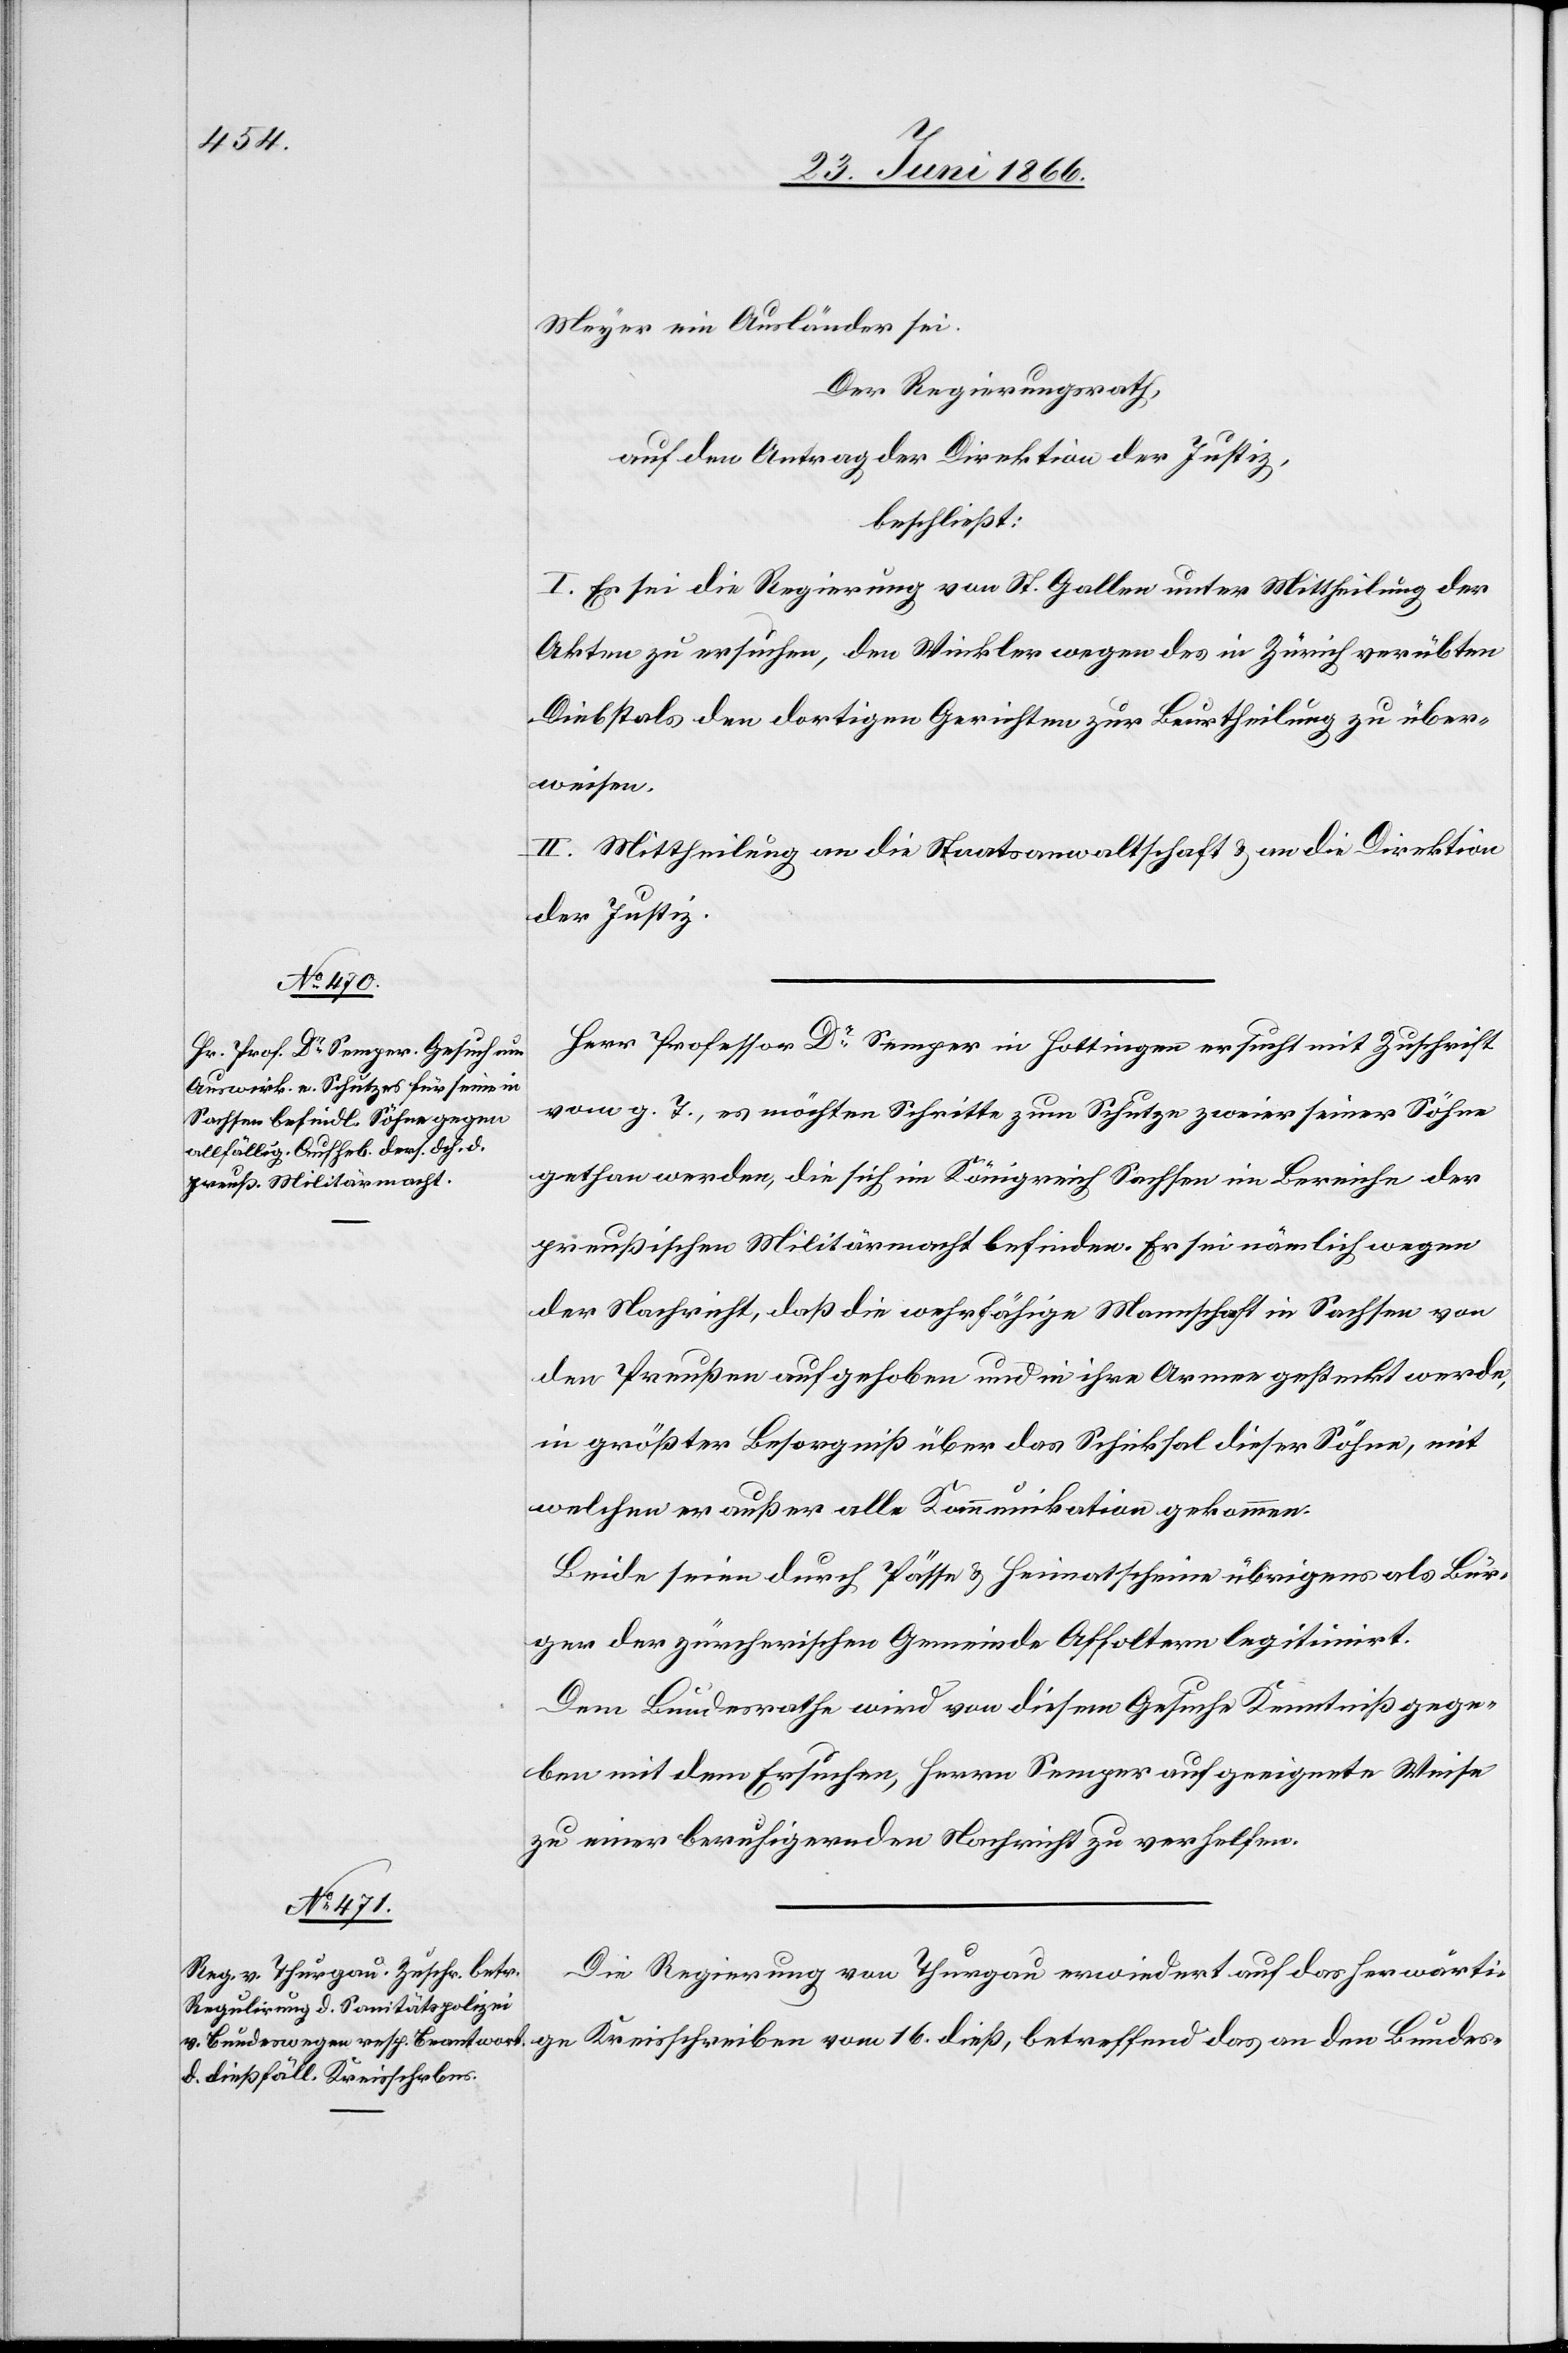
Meyer ein Ausländer sei.
Der Regierungsrath,
auf den Antrag der Direktion der Justiz,
beschließt:
I. Es sei die Regierung von St. Gallen unter Mittheilung der
Akten zu ersuchen, den Winkler wegen des in Zürich verübten
Diebstals den dortigen Gerichten zur Beurtheilung zu über¬
weisen.
II. Mittheilung an die Staatsanwaltschaft u. an die Direktion
der Justiz.
Herr Professor Dr. Semper in Hottingen ersucht mit Zuschrift
vom g. T., es möchten Schritte zum Schutze zweier seiner Söhne
gethan werden, die sich im Königreich Sachsen im Bereiche der
preußischen Militärmacht befinden. Er sei nämlich wegen
der Nachricht, daß die wehrfähige Mannschaft in Sachsen von
den Preußen aufgehoben und in ihre Armee gesteckt werde,
in größter Besorgniß über das Schicksal dieser Sohne, mit
welchen er außer alle Kommunikation gekommen.
Beide seien durch Pässe u. Heimatscheine übrigens als Bür¬
ger der zürcherischen Gemeinde Affoltern legitimirt.
Dem Bundesrathe wird von diesem Gesuche Kenntniß gege¬
ben mit dem Ersuchen, Herren Semper auf geeignete Weise
zu einer beruhigenden Nachricht zu verhelfen.
Die Regierung von Thurgau erwiedert auf das herwärtige